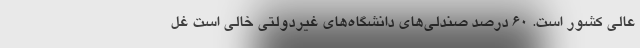
عالی کشور است. 60 درصد صندلی‌های دانشگاه‌های غیردولتی خالی است غل